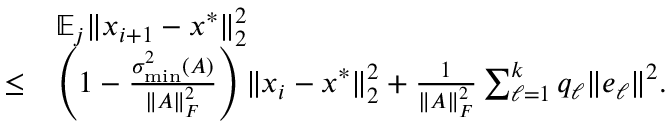
\begin{array} { r l } & { \mathbb { E } _ { j } \| x _ { i + 1 } - x ^ { * } \| _ { 2 } ^ { 2 } } \\ { \leq } & { \left( 1 - \frac { \sigma _ { \operatorname* { m i n } } ^ { 2 } ( A ) } { \| A \| _ { F } ^ { 2 } } \right) \| x _ { i } - x ^ { * } \| _ { 2 } ^ { 2 } + \frac { 1 } { \| A \| _ { F } ^ { 2 } } \sum _ { \ell = 1 } ^ { k } q _ { \ell } \| e _ { \ell } \| ^ { 2 } . } \end{array}